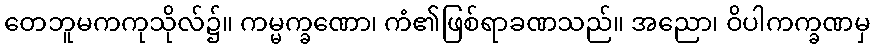
တေဘူမကကုသိုလ်၌။ ကမ္မက္ခဏော၊ ကံ၏ဖြစ်ရာခဏသည်။ အညော၊ ဝိပါကက္ခဏမှ